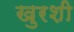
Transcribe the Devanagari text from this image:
खुरशी